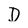
Character: D